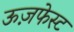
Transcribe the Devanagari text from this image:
ऊज़फेस्ट